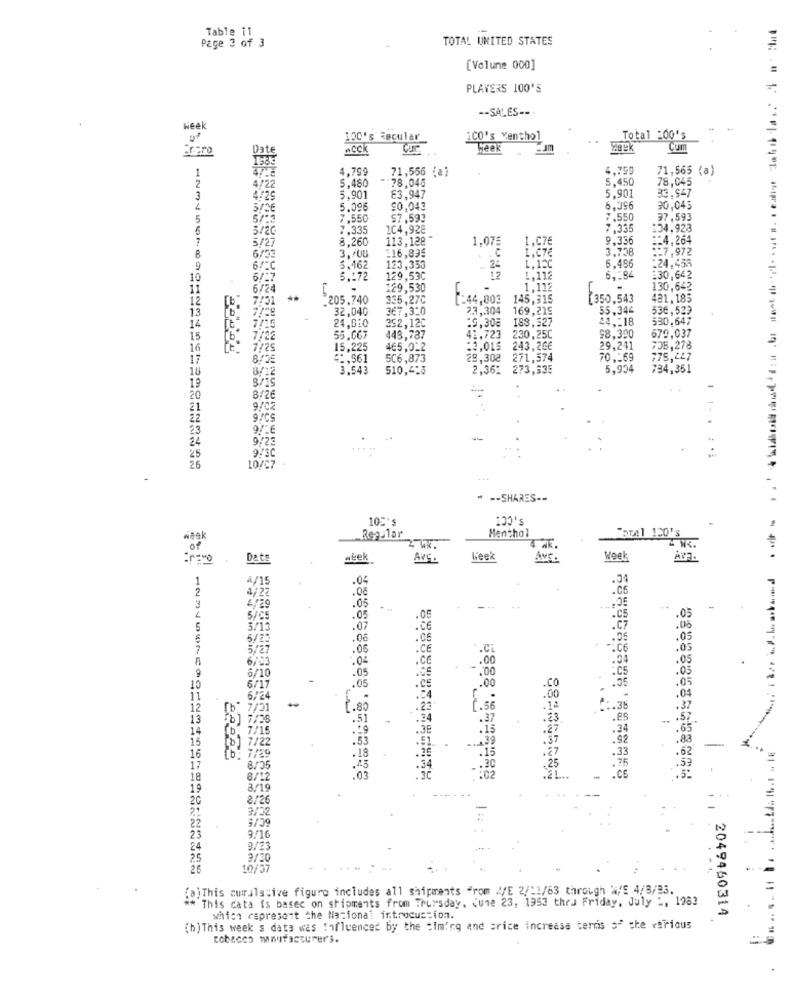
Table il
TOTAL UNITED STATES
Page 3 of 3
[Volune 000]
PLAYERS 100'S
-- SALES ---
Heek
100's Recular
iCO's Menthol
..
Total :00's
Erpro
Dat
Acck
week
Cum
1
4.799
71,556 (a)
4,759
71,565 (a)
5,480
-78.046
5.450
78,045
4/22
3
4/29
5.901
£3,947
5,901
33.947
5.096
50,043
6,396
30,045
5
7.550
$7.593
2.550
97.593
6
5/20
7.335
104,928
7,335
:34.923
5/27
8.260
113,128"
1,075
1.C7E
9.336
:: 4,264
. . C
3,738
:: 7,972
8
6/33
3./00
:16,89€
I.C7€
9
6/C
5.162
123,358
24
1. 12C
5.486
:24,456
10
6/27
5 .: 72
129,53C
12
1,112
6,184
130.642
11
6/24
129,530
-
1,112
130,642
12
7/51
205.740
335,27C
[244,803 145,315
1350,543
421,185
13
32,040
367,320
23,304
169,215
55,344
536,529
14
352,120
183,327
$4 ,: 18
530,647
7/16
24,6:0
19,30€
15
7/22
55,667
448,787
41.723
230,25C
$8,390
679,037
3
16
7:25
15,225
465,022
:3,015
243,26€
29,241
705,278
17
8/25
**, 561
506,873
29,308
271,574
70 ,: 69
778,467
18
8/12
3.543
510,4-8
2,36%
273,335
5,934
734,351
1º
8/15
20
8/26
21
9/02
22
9/CS
23
9/16
24
9/23
25
9/3C
25
10/C7
-- SHARES --
$. CCT
105's
Regular
Menthol
bral 120's
of
27K.
& NK.
Dats
abek
AVG
Week
Week
-..
4/15
.04
2
4/22
.08
.06
4/29
.05
03
--
5/05
.05
.05
.C5
3/13
.07
.C6
5/23
.06
.CE
.05
5/27
.06
.CE
.C
.05
6/03
.04
.ca
.00
9
6/10
.00
.05
.00
10
6/17
.05
.CE
.CO
11
12
7/5
1.80
1.56
13
.51
.3
14
7/1
15
[b] 7/22
.53
[b: 7/29
.1
16
.18
17
8/25
.45
.25
18
8/12
.03
19
3/19
20
8/26
9/02
22
3/39
1:
23
9/16
24
9/23
25
2/30
26
10/37
(a) This cumulative figuro includes all shipments from </E 2/11/63 through W/E 4/8/33.
This cata is based on shipments from Thursday, June 23, 1993 thed Friday, July ", 1982
which represent the National introduction.
2049460314
(b) This week's data was fifluencer by the timing and srice increase ternis s" che various
tobacco manufacturers.